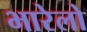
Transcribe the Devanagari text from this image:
भारेलो